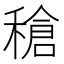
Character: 䅮